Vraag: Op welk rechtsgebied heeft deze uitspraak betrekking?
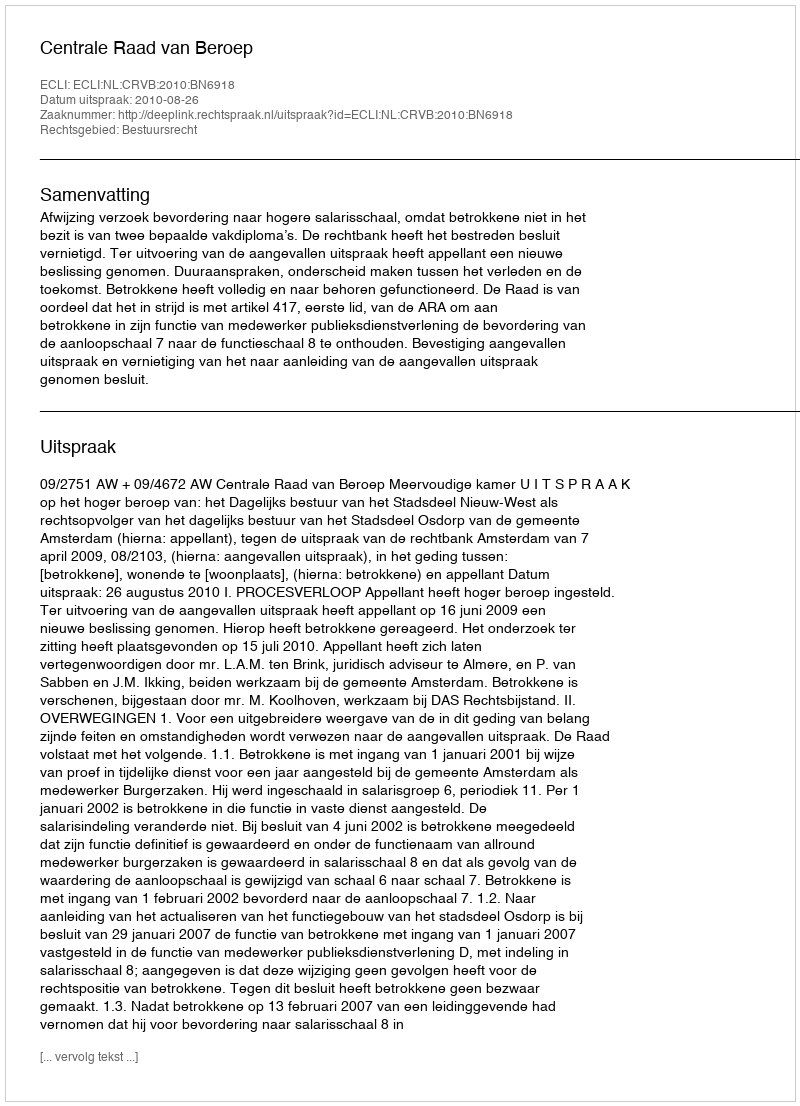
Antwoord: Bestuursrecht